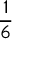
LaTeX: \frac { 1 } { 6 }